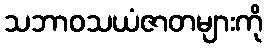
သဘာဝသယံဇာတများကို